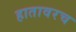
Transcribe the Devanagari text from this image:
हातावरच